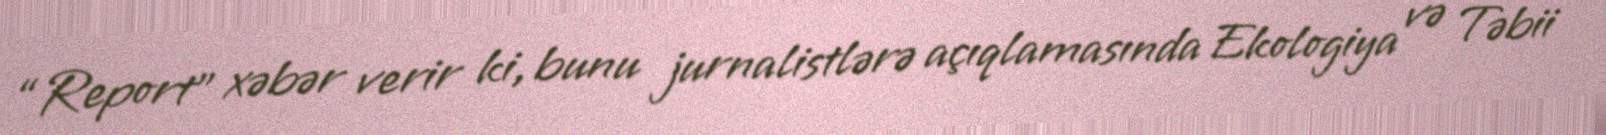
“Report” xəbər verir ki, bunu jurnalistlərə açıqlamasında Ekologiya və Təbii